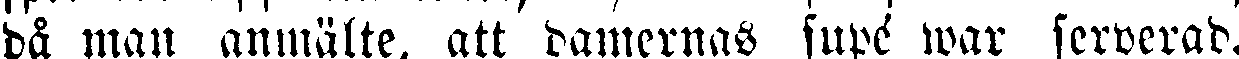
då man anmälte, att damernas suxé war serverad.